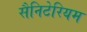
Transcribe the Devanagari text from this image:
सैनिटेरियम